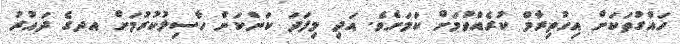
ހައްގުތަކަށް އިހުތިރާމް ކުރެއްވުމަށް ކަމަށެވެ. އަދި މިފަދަ ކަންކަން ހާސިލުކުރުމަށް އދގެ ދައުރު